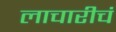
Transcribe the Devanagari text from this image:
लाचारीचं